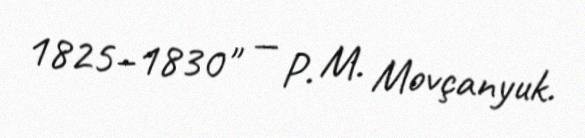
1825–1830" — P. M. Movçanyuk.